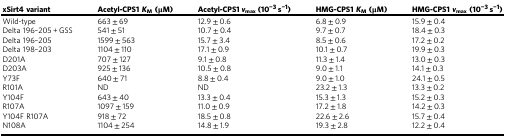
<table><thead><tr><td><b>xSirt4 variant</b></td><td><b>Acetyl-CPS1 <i>K</i><sub>M</sub> (μM)</b></td><td><b>Acetyl-CPS1 <i>v</i><sub>max</sub> (10<sup>−3</sup> s<sup>−1</sup>)</b></td><td><b>HMG-CPS1 <i>K</i><sub>M</sub> (μM)</b></td><td><b>HMG-CPS1 <i>v</i><sub>max</sub> (10<sup>−3</sup> s<sup>−1</sup>)</b></td></tr></thead><tbody><tr><td>Wild-type</td><td>663 ± 69</td><td>12.9 ± 0.6</td><td>6.8 ± 0.9</td><td>15.9 ± 0.4</td></tr><tr><td>Delta 196–205 + GSS</td><td>541 ± 51</td><td>10.7 ± 0.4</td><td>9.7 ± 0.7</td><td>18.4 ± 0.3</td></tr><tr><td>Delta 196–205</td><td>1599 ± 563</td><td>15.7 ± 3.4</td><td>8.5 ± 0.6</td><td>17.2 ± 0.2</td></tr><tr><td>Delta 198–203</td><td>1104 ± 110</td><td>17.1 ± 0.9</td><td>10.1 ± 0.7</td><td>19.9 ± 0.3</td></tr><tr><td>D201A</td><td>707 ± 127</td><td>9.1 ± 0.8</td><td>11.3 ± 1.4</td><td>13.0 ± 0.3</td></tr><tr><td>D203A</td><td>925 ± 136</td><td>10.5 ± 0.8</td><td>9.0 ± 1.1</td><td>14.1 ± 0.3</td></tr><tr><td>Y73F</td><td>640 ± 71</td><td>8.8 ± 0.4</td><td>9.0 ± 1.0</td><td>24.1 ± 0.5</td></tr><tr><td>R101A</td><td>ND</td><td>ND</td><td>23.2 ± 1.3</td><td>13.3 ± 0.2</td></tr><tr><td>Y104F</td><td>643 ± 40</td><td>13.3 ± 0.4</td><td>15.3 ± 1.3</td><td>15.2 ± 0.3</td></tr><tr><td>R107A</td><td>1097 ± 159</td><td>11.0 ± 0.9</td><td>17.2 ± 1.8</td><td>14.2 ± 0.3</td></tr><tr><td>Y104F R107A</td><td>918 ± 72</td><td>18.5 ± 0.8</td><td>22.6 ± 2.6</td><td>15.7 ± 0.4</td></tr><tr><td>N108A</td><td>1104 ± 254</td><td>14.8 ± 1.9</td><td>19.3 ± 2.8</td><td>12.2 ± 0.4</td></tr></tbody></table>